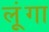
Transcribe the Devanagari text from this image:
लूूंगा